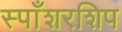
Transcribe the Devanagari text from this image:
स्पाँशरशिप